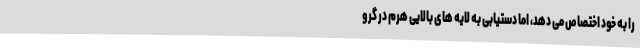
را به خود اختصاص می دهد، اما دستیابی به لایه های بالایی هرم در گرو